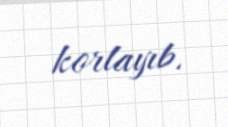
korlayıb.